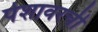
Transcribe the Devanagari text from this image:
पेशावरची